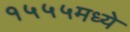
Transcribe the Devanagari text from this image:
१५५५मध्ये